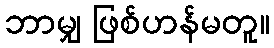
ဘာမျှ ဖြစ်ဟန်မတူ။